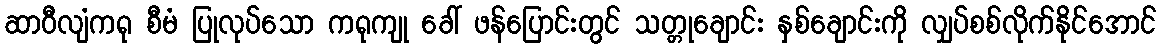
ဆာဝီလျံကရု စီမံ ပြုလုပ်သော ကရုကျု ခေါ် ဖန်ပြောင်းတွင် သတ္တုချောင်း နှစ်ချောင်းကို လျှပ်စစ်လိုက်နိုင်အောင်